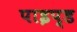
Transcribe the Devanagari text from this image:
पाइप्ड